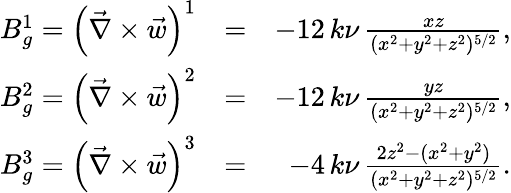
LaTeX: \begin{array}{rlr}{B_{g}^{1}=\left(\vec{\nabla}\times\vec{w}\right)^{1}}&{=}&{-12\, k\nu\, \frac{xz}{(x^{2}+y^{2}+z^{2})^{5/2}},}\\ {B_{g}^{2}=\left(\vec{\nabla}\times\vec{w}\right)^{2}}&{=}&{-12\, k\nu\, \frac{yz}{(x^{2}+y^{2}+z^{2})^{5/2}},}\\ {B_{g}^{3}=\left(\vec{\nabla}\times\vec{w}\right)^{3}}&{=}&{-4\, k\nu\, \frac{2z^{2}-(x^{2}+y^{2})}{(x^{2}+y^{2}+z^{2})^{5/2}}.}\end{array}